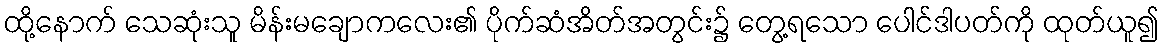
ထို့နောက် သေဆုံးသူ မိန်းမချောကလေး၏ ပိုက်ဆံအိတ်အတွင်း၌ တွေ့ရသော ပေါင်ဒါပတ်ကို ထုတ်ယူ၍